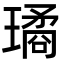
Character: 璚